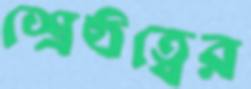
শ্রেষ্ঠত্বের